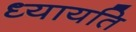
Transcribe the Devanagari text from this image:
ध्यायति